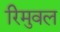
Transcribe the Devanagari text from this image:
रिमुवल